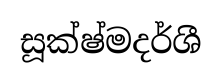
සූක්ෂ්මදර්ශී